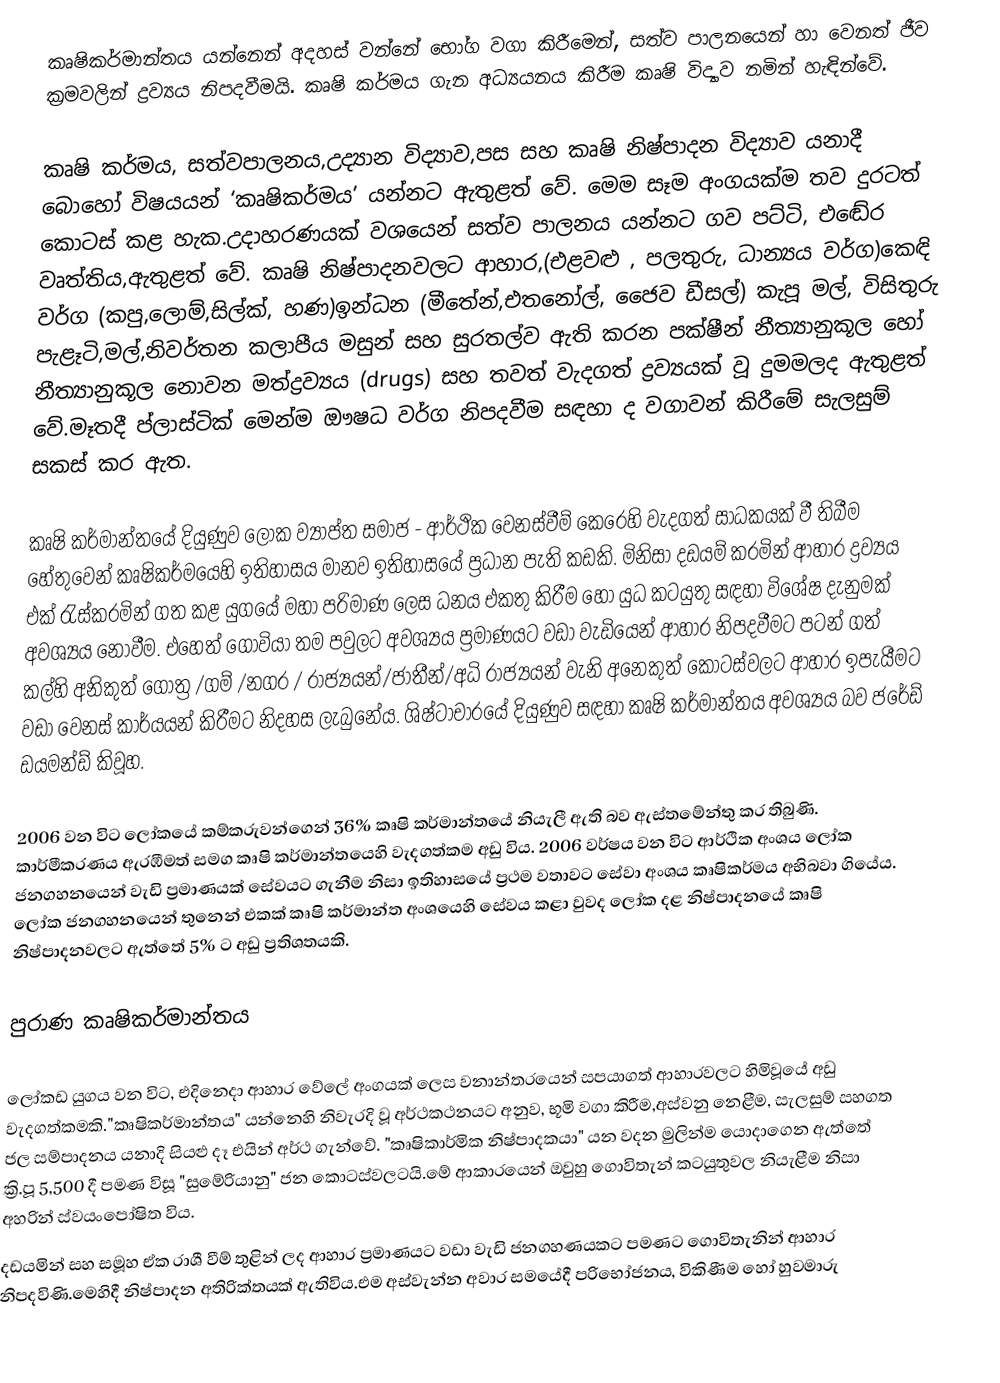
කෘෂිකර්මාන්තය යන්නෙන් අදහස් වන්නේ භෝග වගා කිරීමෙන්, සත්ව පාලනයෙන් හා වෙනත් ජීව ක්‍රමවලින්  ද්‍රව්‍යය නිපදවීමයි. කෘෂි කර්මය ගැන අධ්‍යයනය කිරීම කෘෂි විද්‍යාව නමින් හැඳින්වේ.

කෘෂි කර්මය, සත්වපාලනය,උද්‍යාන විද්‍යාව,පස සහ කෘෂි නිෂ්පාදන විද්‍යාව යනාදී බොහෝ විෂයයන් ‘කෘෂිකර්මය’ යන්නට ඇතුළත් වේ. මෙම සෑම අංගයක්ම තව දුරටත් කොටස් කළ හැක.උදාහරණයක් වශයෙන් සත්ව පාලනය යන්නට ගව පට්ටි, එ‍ඬේර වෘත්තිය,ඇතුළත් වේ. කෘෂි නිෂ්පාදනවලට ආහාර,(එළවළු , පලතුරු, ධාන්‍යය වර්ග)කෙඳි වර්ග (කපු,ලොම්,සිල්ක්, හණ)ඉන්ධන (මීතේන්,එතනෝල්, ජෛව ඩීසල්) කැපූ මල්, විසිතුරු පැළෑටි,මල්,නිවර්තන කලාපීය මසුන් සහ සුරතල්ව ඇති කරන පක්ෂීන් නීත්‍යානුකූල හෝ නීත්‍යානුකූල නොවන මත්ද්‍රව්‍යය (drugs) සහ තවත් වැදගත් ද්‍රව්‍යයක් වූ දුමමලද ඇතුළත් වේ.මෑතදී ප්ලාස්ටික් මෙන්ම ඖෂධ වර්ග  නිපදවීම සඳහා ද වගාවන් කිරීමේ සැලසුම් සකස් කර ඇත‍.

කෘෂි කර්මාන්තයේ දියුණුව ලෝක ව්‍යාප්ත සමාජ - ආර්ථික වෙනස්වීම් කෙරෙහි වැදගත් සාධකයක් වී තිබීම හේතුවෙන් කෘෂිකර්මයෙහි ඉතිහාසය මානව ඉතිහාසයේ ප්‍රධාන පැති කඩකි. මිනිසා දඩයම් කරමින් ආහාර ද්‍රව්‍යය එක් රැස්කරමින්  ගත කළ යුගයේ මහා පරිමාණ ලෙස ධනය එකතු කිරීම හෝ යුධ කටයුතු සඳහා විශේෂ දැනුමක් අවශ්‍යය නොවීම. එහෙත් ගොවියා තම පවුලට අවශ්‍යය ප්‍රමාණයට වඩා වැඩියෙන් ආහාර නිපදවීමට පටන් ගත් කල්හි අනිකුත් ගෝත්‍ර /ගම් /නගර / රාජ්‍යයන්/ජාතීන්/අධි රාජ්‍යයන් වැනි අනෙකුත් කොටස්වලට ආහාර ඉපැයීමට වඩා වෙනස් කාර්යයන් කිරීමට නිදහස ලැබුනේය. ශිෂ්ටාචාරයේ දියුණුව සඳහා කෘෂි කර්මාන්තය අවශ්‍යය බව ජරේඩ් ඩයමන්ඩ් කිවූහ.

2006 වන විට ලෝකයේ කම්කරුවන්ගෙන් 36% කෘෂි කර්මාන්තයේ නියැලී ඇති බව ඇස්තමේන්තු කර තිබුණි. කාර්මීකරණය ඇරඹීමත් සමග කෘෂි කර්මාන්තයෙහි වැදගත්කම අඩු විය. 2006 වර්ෂය වන විට ආර්ථික අංශය ලෝක ජනගහනයෙන් වැඩි ප්‍රමාණයක් සේවයට ගැනීම නිසා ඉතිහාසයේ ප්‍රථම වතාවට සේවා අංශය කෘෂිකර්මය අභිබවා ගියේය. ලෝක ජනගහනයෙන් තුනෙන් එකක් කෘෂි කර්මාන්ත අංශයෙහි සේවය කළා වුවද ලෝක දළ නිෂ්පාදනයේ කෘෂි නිෂ්පාදනවලට ඇත්තේ 5% ට අඩු ප්‍රතිශතයකි‍‍.

පුරාණ කෘෂිකර්මාන්තය

ලෝකඩ යුගය වන විට, එදිනෙදා ආහාර වේලේ අංගයක් ලෙස වනාන්තරයෙන් සපයාගත් ආහාරවලට හිමිවූයේ අඩු වැදගත්කමකි."කෘෂිකර්මාන්තය" යන්නෙහි නිවැරදි වූ අර්ථකථනයට අනුව, භූමි වගා කිරීම,අස්වනු නෙළීම, සැලසුම් සහගත ජල සම්පාදනය යනාදි සියළු දෑ එයින් අර්ථ ගැන්වේ. "කෘෂිකාර්මික නිෂ්පාදකයා" යන වදන මුලින්ම යොදාගෙන ඇත්තේ ක්‍රි.පූ 5,500 දී පමණ විසූ "සුමේරියානු" ජන කොටස්වලටයි.මේ ආකාරයෙන් ඔවුහු ගොවිතැන් කටයුතුවල නියැළීම නිසා අහරින් ස්වයංපෝෂිත විය.
දඩයමින් සහ සමූහ ඒක රාශී වීම් තුළින් ලද ආහාර ප්‍රමාණයට වඩා වැඩි ජනගහණයකට පමණට ගොවිතැනින් ආහාර නිපදවිණි.මෙහිදී නිෂ්පාදන අතිරික්තයක් ඇතිවිය.එම අස්වැන්න අවාර සමයේදී පරිභෝජනය, විකිණීම හෝ හුවමාරු